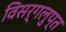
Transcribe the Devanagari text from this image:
विसर्गलुप्त